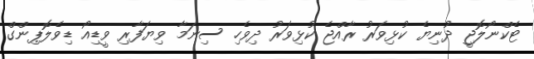
ޓެކްނޯލޮޖީ ދުނިޔެ ކުޅިވަރު ރާއްޖެ ކުޅިވަރު ދިވެހި ސިނަމާ ވިޔަފާރި ވީޑިއޯ ޑިވެލޮޕިންގް